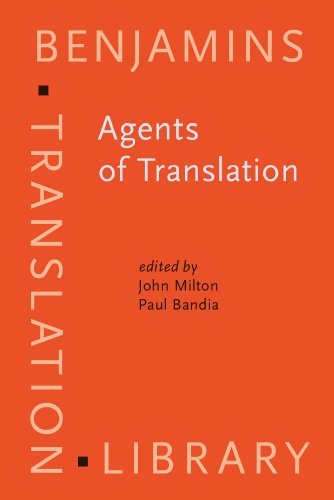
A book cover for Agents of Translation (Benjamins Translation Library); Reference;